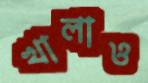
খালাও